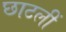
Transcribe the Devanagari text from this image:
छाटलीं